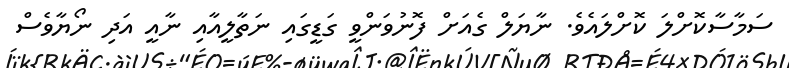
ސަމާސާކޮށްލަ ކޮށްލައެވެ. ނާޔަލް ގެއަށް ފޮނުވަންވީ ގަޑީގައި ނަތާލީއާއި ނާއީ އަދި ނޯޔާވެސް